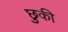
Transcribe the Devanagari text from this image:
छुकी